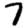
Digit: 7